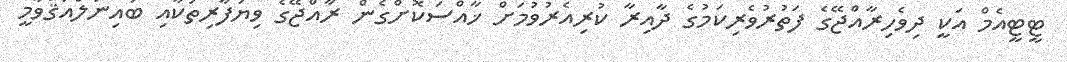
ޓީޓީއެމް އަކީ ދިވެހިރާއްޖޭގެ ފަތުރުވެރިކަމުގެ ދާއިރާ ކުރިއެރުވުމަށް ޚާއްސަކޮށްގެން ރާއްޖޭގެ ވިޔަފާރިތަކާއި ބައިނަލްްއަޤްވާމީ